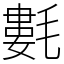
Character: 氀